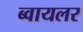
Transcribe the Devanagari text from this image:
ब्वायलर